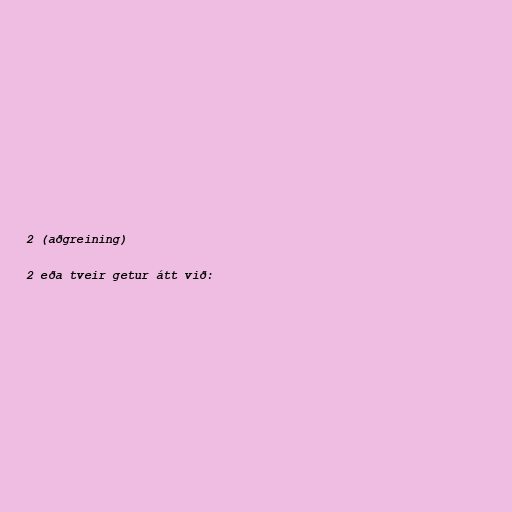
2 (aðgreining)

2 eða tveir getur átt við: